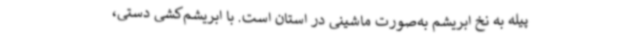
پیله به نخ ابریشم به‌صورت ماشینی در استان است. با ابریشم‌کشی دستی،